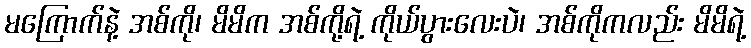
မကြောက်နဲ့ အစ်ကို၊ မိမိက အစ်ကို့ရဲ့ ကိုယ်ပွားလေးပဲ၊ အစ်ကိုကလည်း မိမိရဲ့